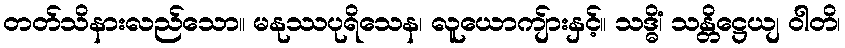
တတ်သိနားလည်သော။ မနုဿပုရိသေန၊ လူယောကျ်ားနှင့်။ သဒ္ဓိံ၊ သန္တိဋ္ဌေယျ ဝါတိ၊